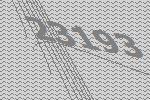
23193